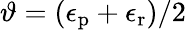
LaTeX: \vartheta=(\epsilon_{\mathrm{p}}+\epsilon_{\mathrm{r}})/2